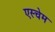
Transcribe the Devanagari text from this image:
एस्चेम